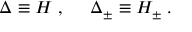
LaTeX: \Delta \equiv H \; , \; \; \; \; \; \Delta _ { \pm } \equiv H _ { \pm } \; .